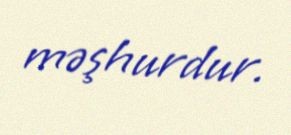
məşhurdur.